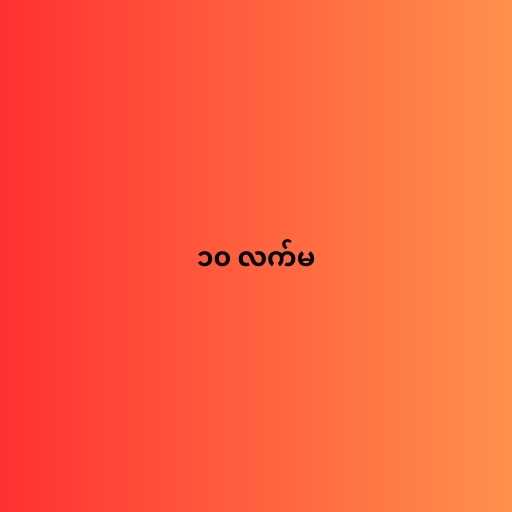
၁၀ လက်မ